Medical and sanitary report of the native army of Madras for the year
Year: 1878
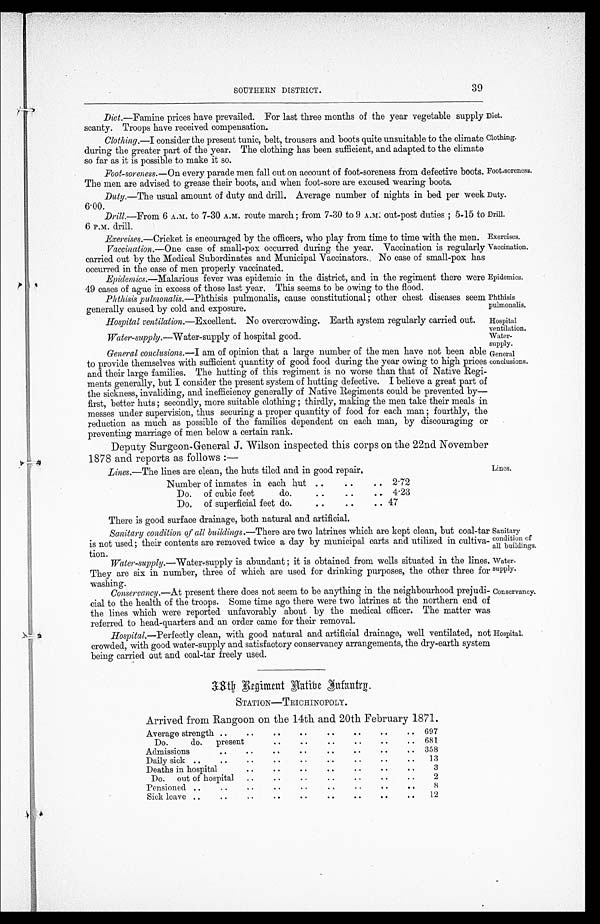
Epidemics.
Phthisis
pulmonalis.
Hospital
ventilation.
Water-
supply.
General
conclusions.
Sanitary
condition of
all buildings.
Water-
supply.
Conservancy.
Diet.
Clothing.
Foot-soreness.
Duty.
Drill.
Exercises.
Vaccination.
SOUTHERN DISTRICT.
39
Diet.—Famine prices have prevailed. For last three months of the year vegetable supply
scanty. Troops have received compensation.
Clothing.—I consider the present tunic, belt, trousers and boots quite unsuitable to the climate
during the greater part of the year. The clothing has been sufficient, and adapted to the climate
so far as it is possible to make it so.
Foot-soreness.— On every parade men fall out on account of foot-soreness from defective boots.
The men are advised to grease their boots, and when foot-sore are excused wearing boots.
Duly.—The usual amount of duty and drill. Average number of nights in bed per week
Duty. 6.00.
Drill.—From 6 A.M. to 7-30 A.M. route march ; from 7-30 to 9 A.M. out-post duties ; 5-15 to
drill 6 P.M. drill.
Exercises.— Cricket is encouraged by the officers, who play from time to time with the men.
Vaccination.—One case of small-pox occurred during the year. Vaccination is regularly
carried out by the Medical Subordinates and Municipal Vaccinators. No case of small-pox has
occurred in the case of men properly vaccinated,
Epidemics.—Malarious fever was epidemic in the district, and in the regiment there were
49 cases of ague in excess of those last year. This seems to be owing to the flood.
Phthisis pulmonalis.—Phthisis pulmonalis, cause constitutional ; other chest diseases seem
generally caused by cold and exposure.
Hospital ventilation.—Excellent. No overcrowding. Earth system regularly carried out.
Water-supply.—Water-supply of hospital good.
General conclusions.—I am of opinion that a large number of the men have not been able
to provide themselves with sufficient quantity of good food during the year owing to high prices
and their large families. The hutting of this regiment is no worse than that of Native Regi--
ments generally, but I consider the present system of hutting defective. I believe a great part of
the sickness, invaliding, and inefficiency generally of Native Regiments could be prevented by—
first, better huts ; secondly, more suitable clothing ; thirdly, making the men take their meals in
messes under supervision, thus securing a proper quantity of food for each man ; fourthly, the
reduction as much as possible of the families dependent on each man, by discouraging or
preventing marriage of men below a certain rank.
Deputy Surgeon-General J. Wilson inspected this corps on the 22nd November
1878 and reports as follows : —
Lines.—The lines are clean, the huts tiled and in good repair,
Number of inmates in each hut . .
. .
. . 2.72
Do. of cubic feet
do.
. .
. .
. . 4.23
Do. of superficial feet do.
. .
. .
.. 47
There is good surface drainage, both natural and artificial.
Sanitary condition of all buildings.— There are two latrines which are kept clean, but coal-tar
is not used; their contents are removed twice a day by municipal carts and utilized in cultiva-
tion.
Water-supply.—Water-supply is abundant ; it is obtained from wells situated in the lines.
They are six in number, three of which are used for drinking purposes, the other three for
washing.
Conservancy.—At present there does not seem to be anything in the neighbourhood prejudi-
cial to the health of the troops. Some time ago there were two latrines at the northern end of
the lines which were reported unfavorably about by the medical officer. The matter was
referred to head-quarters and an order came for their removal.
Hospital.—Perfectly clean, with good natural and artificial drainage, well ventilated, not
crowded, with good water-supply and satisfactory conservancy arrangements, the dry-earth system
being carried out and coal-tar freely used.
38th Regment Native Infantry.
STATION—TRICHINOPOLY.
Arrived from Rangoon on the 14th and 20th February 1871.
Average strength ..
. .
. .
..
..
. .
. .
.. 697
Do.
do. present
..
. .
. .
. .
. .
. . . .
Admissions
. .
. .
..
. .
. .
. .
. .
.. 358
Daily sick . .
..
. .
..
. .
. .
..
. .
.. 13
Deaths in hospital
..
. .
. .
. .
. .
. .
. .
3
Do. out of hospital . .
. .
. .
. .
..
. .
. .
2
Pensioned . .
..
. .
..
. .
. .
..
. .
..
8
Sick leave ..
. .
. .
. .
. .
. .
. .
..
.. 12
Lines.
Hospital.